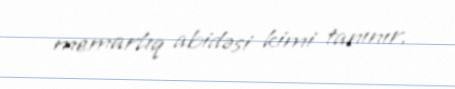
memarlıq abidəsi kimi tanınır.